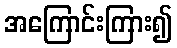
အကြောင်းကြား၍